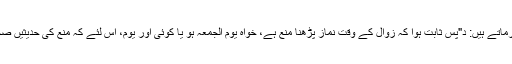
اور مولانا ابوسعید شرف الدین دہلوی غیر مقلد جوابِ مذکور پر باحوالہ رد کرتےہوئے فرماتے ہیں: د"پس ثابت ہوا کہ زوال کے وقت نماز پڑھنا منع ہے، خواہ یوم الجمعہ ہو یا کوئی اور یوم، اس لئے کہ منع کی حدیثیں صحیح ہیں اور جواز کی صحیح نہیں، صحیح کے مقابلہ میں غیر صحیح پر عمل باطل ہے۔